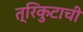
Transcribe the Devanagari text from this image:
त्रिकुटाची